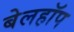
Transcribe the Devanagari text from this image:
बेलहॉप